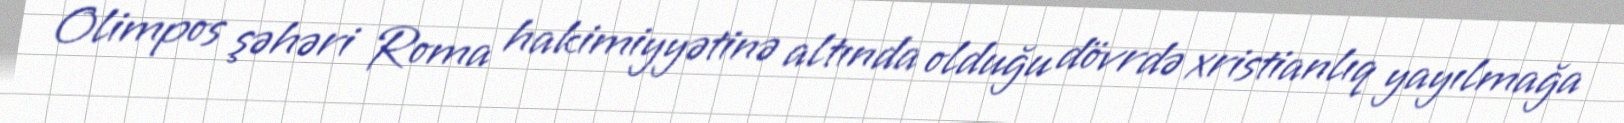
Olimpos şəhəri Roma hakimiyyətinə altında olduğu dövrdə xristianlıq yayılmağa